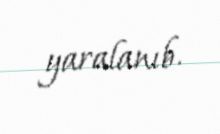
yaralanıb.